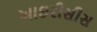
આઇરીસીસ